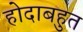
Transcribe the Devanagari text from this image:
होदाबहुत